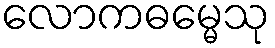
လောကဓမ္မေသု